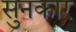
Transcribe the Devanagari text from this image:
सुनकार